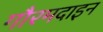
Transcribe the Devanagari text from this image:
गौरमदाइन